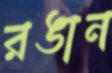
রঙান